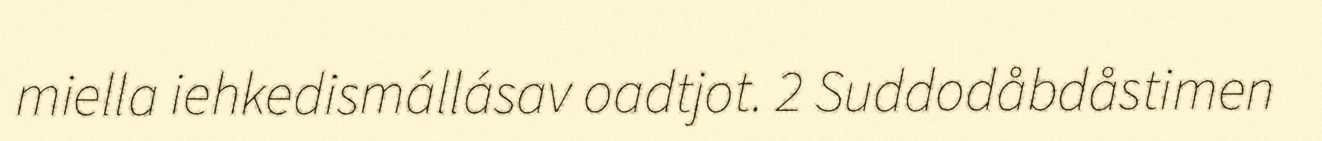
miella iehkedismállásav oadtjot. 2 Suddodåbdåstimen